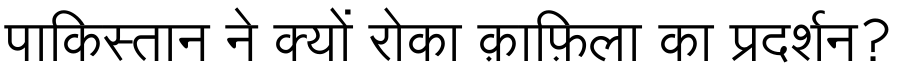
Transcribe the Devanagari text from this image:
पाकिस्तान ने क्यों रोका क़ाफ़िला का प्रदर्शन?